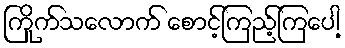
ကြိုက်သလောက် စောင့်ကြည့်ကြပေါ့